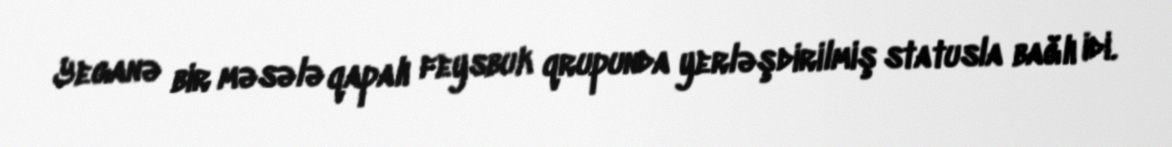
Yeganə bir məsələ qapalı feysbuk qrupunda yerləşdirilmiş statusla bağlı idi.